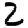
Digit: 2